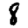
Digit: 8